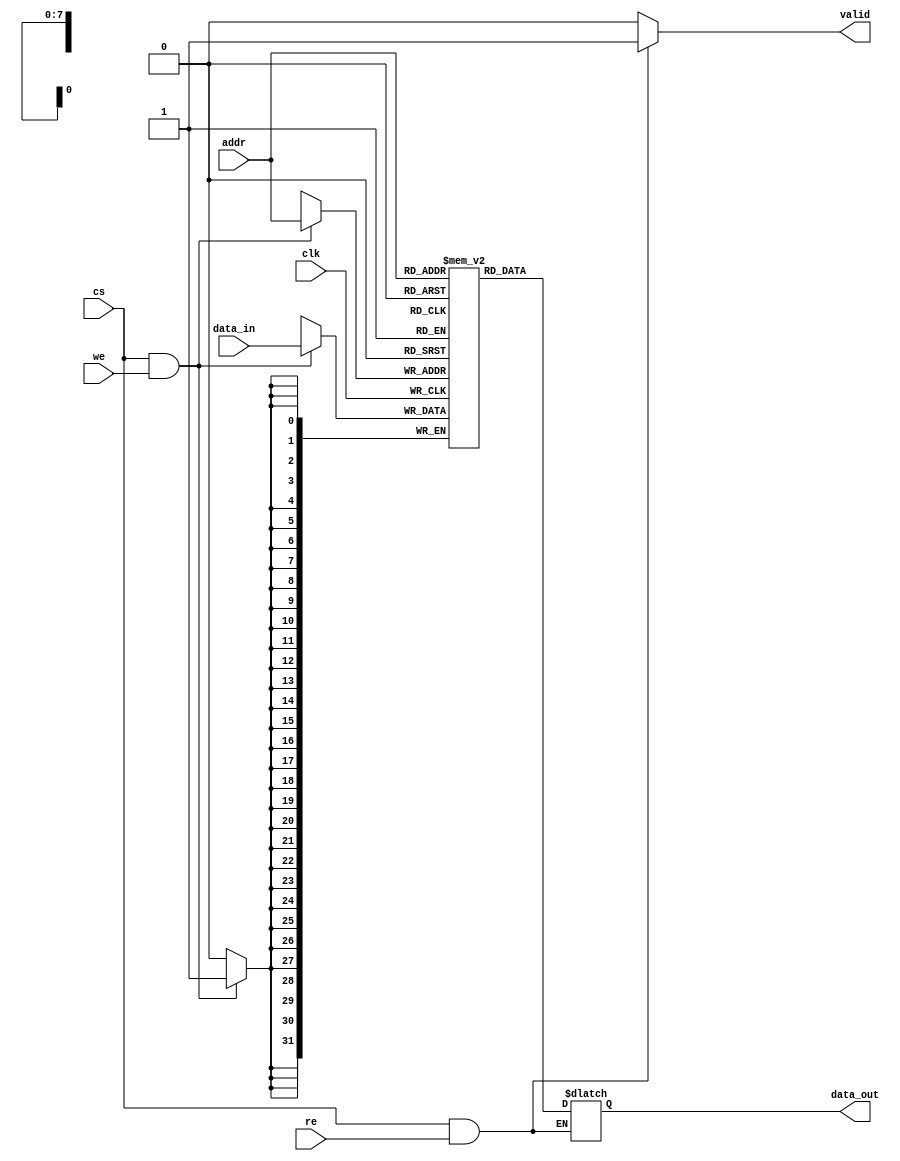
module TCSM #(
    parameter DATA_WIDTH = 32,            // Width of each memory cell
    parameter ADDR_WIDTH = 8,             // Number of address bits
    parameter MEM_DEPTH = 1 << ADDR_WIDTH // Depth of the memory
)(
    input wire clk,                        // Clock signal
    input wire cs,                         // Chip Select
    input wire we,                         // Write Enable
    input wire re,                         // Read Enable
    input wire [ADDR_WIDTH-1:0] addr,     // Address input
    input wire [DATA_WIDTH-1:0] data_in,  // Data input for write operation
    output reg [DATA_WIDTH-1:0] data_out, // Data output for read operation
    output reg valid                       // Output valid signal for read operation
);

    // Memory array declaration
    reg [DATA_WIDTH-1:0] memory [0:MEM_DEPTH-1];

    // Asynchronous read operation
    always @(*) begin
        if (cs && re) begin
            data_out = memory[addr];
            valid = 1'b1; // Data is valid
        end else begin
            valid = 1'b0; // Data is not valid
        end
    end

    // Synchronous write operation
    always @(posedge clk) begin
        if (cs && we) begin
            memory[addr] <= data_in; // Write data to memory
        end
    end

endmodule